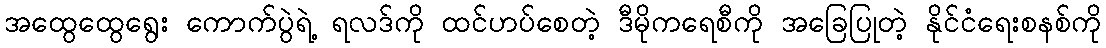
အထွေထွေရွေး ကောက်ပွဲရဲ့ ရလဒ်ကို ထင်ဟပ်စေတဲ့ ဒီမိုကရေစီကို အခြေပြုတဲ့ နိုင်ငံရေးစနစ်ကို